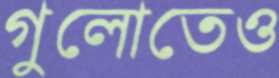
গুলোতেও